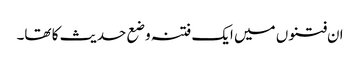
ان فتنوں میں ایک فتنہ وضع حدیث کا تھا۔